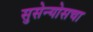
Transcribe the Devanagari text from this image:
सुसेन्योसचा